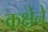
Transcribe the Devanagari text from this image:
कक्षेने